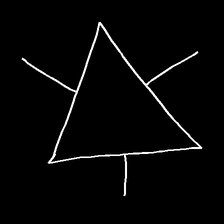
Glyph: fire